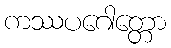
ကဿပဂေါတ္တော